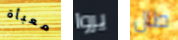
معبأة يروا طال